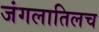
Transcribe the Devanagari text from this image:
जंगलातिलच